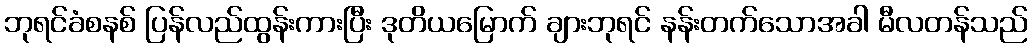
ဘုရင်ခံစနစ် ပြန်လည်ထွန်းကားပြီး ဒုတိယမြောက် ချားဘုရင် နန်းတက်သောအခါ မီလတန်သည်